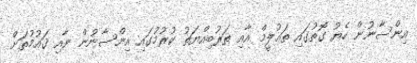
އިންސާނުން ހެޔު ގޮތުގައި ތަޢުލީމް އާއި ތަރުބިއްޔަތު ކުރުމުގައި އިންސާނުން ނާއި ޤައުމުތަށް